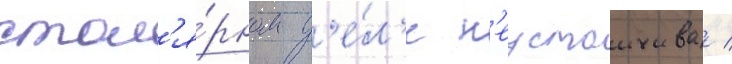
стол'я́рном д'е́л'е н'еустоичива /